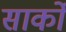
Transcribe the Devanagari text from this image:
सार्को